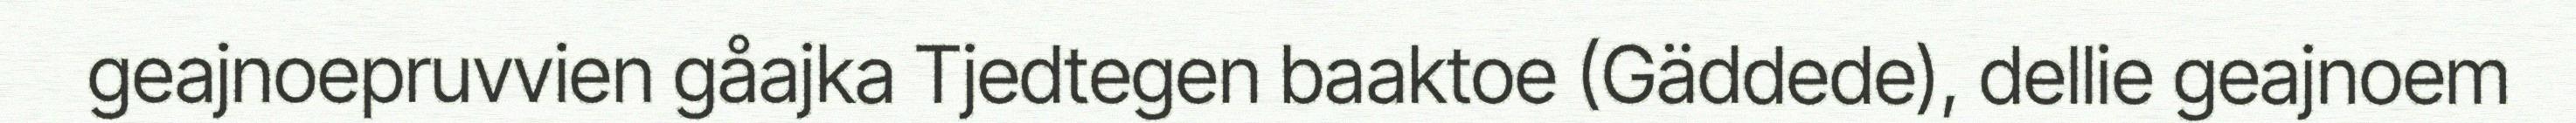
geajnoepruvvien gåajka Tjedtegen baaktoe (Gäddede), dellie geajnoem